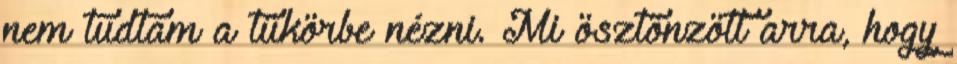
nem tudtam a tükörbe nézni. Mi ösztönzött arra, hogy